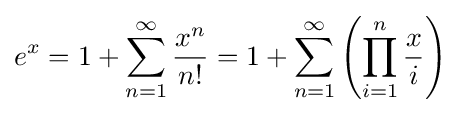
e^{x}=1+\sum _{n=1}^{\infty }{\frac {x^{n}}{n!}}=1+\sum _{n=1}^{\infty }\left(\prod _{i=1}^{n}{\frac {x}{i}}\right)